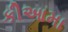
કીઆમા